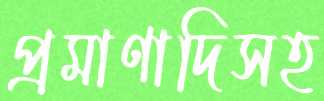
প্রমাণাদিসহ